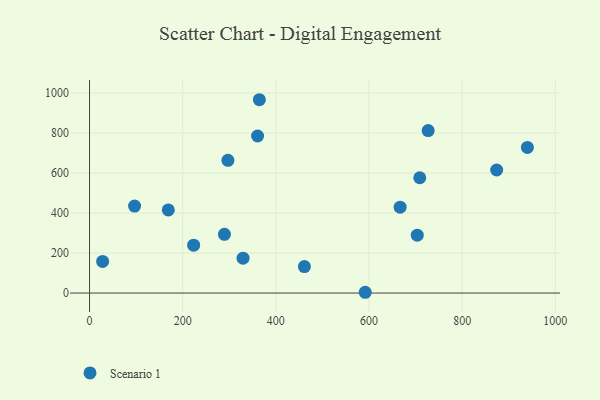
{"axis": {"x": "Investment", "y": "Demand"}, "legend": ["Scenario 1"], "data": [{"x": "703.6", "y": 289.5, "type": "Scenario 1"}, {"x": "329.6", "y": 174.2, "type": "Scenario 1"}, {"x": "364.6", "y": 966.5, "type": "Scenario 1"}, {"x": "360.8", "y": 785.2, "type": "Scenario 1"}, {"x": "169.1", "y": 415.7, "type": "Scenario 1"}, {"x": "461.3", "y": 132.2, "type": "Scenario 1"}, {"x": "28.1", "y": 157.9, "type": "Scenario 1"}, {"x": "940.0", "y": 727.9, "type": "Scenario 1"}, {"x": "666.8", "y": 429.1, "type": "Scenario 1"}, {"x": "289.6", "y": 293.7, "type": "Scenario 1"}, {"x": "223.5", "y": 239.2, "type": "Scenario 1"}, {"x": "591.9", "y": 3.9, "type": "Scenario 1"}, {"x": "96.7", "y": 434.6, "type": "Scenario 1"}, {"x": "874.1", "y": 615.3, "type": "Scenario 1"}, {"x": "297.1", "y": 663.4, "type": "Scenario 1"}, {"x": "709.0", "y": 576.5, "type": "Scenario 1"}, {"x": "727.0", "y": 812.1, "type": "Scenario 1"}]}